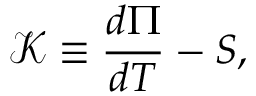
{ \mathcal { K } } \equiv { \frac { d \Pi } { d T } } - S ,